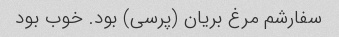
سفارشم مرغ بریان (پرسی) بود. خوب بود